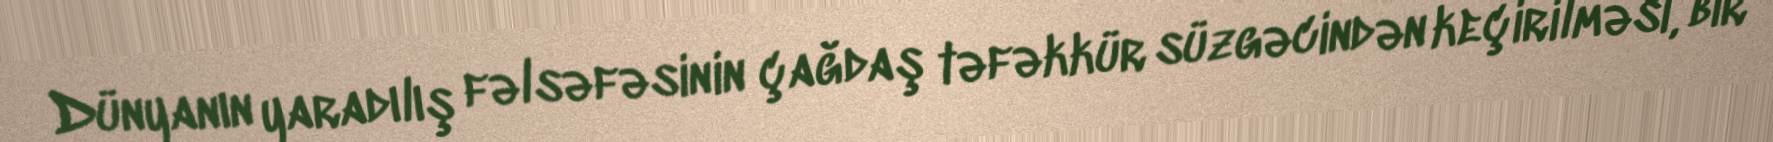
Dünyanın yaradılış fəlsəfəsinin çağdaş təfəkkür süzgəcindən keçirilməsi, bir